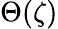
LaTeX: \Theta(\zeta)